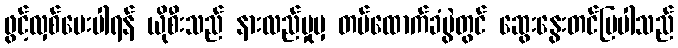
ဖွင့်လှစ်ပေးပါရန် ယိုစီးသည် နားလည်မှုမှ တပ်ထောက်ခံပွဲတွင် ဆွေးနွေးတင်ပြပါသည်